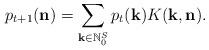
LaTeX: \begin{align*}p_{t+1} (\mathbf{n}) = \sum_{\mathbf{k} \in \mathbb{N}_0^S} p_t(\mathbf{k}) K (\mathbf{k}, \mathbf{n} ). \end{align*}